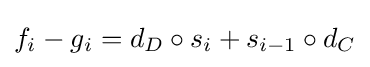
f_{i}-g_{i}=d_{D}\circ s_{i}+s_{i-1}\circ d_{C}